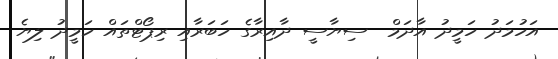
އަހުމަދު ހަމީދު އާދަމް  ސިޔާސީ ދާއިރާގެ ހަބަރާއި ރިޕޯޓްތައް ހަމީދު ލިޔެ